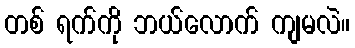
တစ် ရက်ကို ဘယ်လောက် ကျမလဲ။